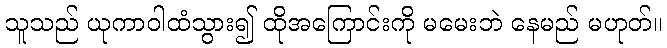
သူသည် ယုကာဝါထံသွား၍ ထိုအကြောင်းကို မမေးဘဲ နေမည် မဟုတ်။